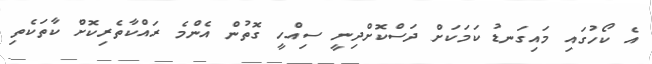
އެ ކޯހުގައި މައިގަނޑު ކަމަކަށް ދަސްކޮށްދިނީ ސިއްހީ ގޮތުން އެންމެ ރައްކާތެރިކޮށް ކާތަކެތި